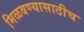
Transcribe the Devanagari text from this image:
मिळवण्यासाठीच